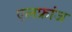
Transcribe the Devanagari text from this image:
एलफ्रांज